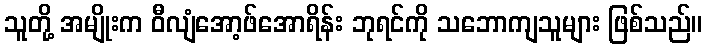
သူတို့ အမျိုးက ဝီလျံအော့ဖ်အောရိန်း ဘုရင်ကို သဘောကျသူများ ဖြစ်သည်။